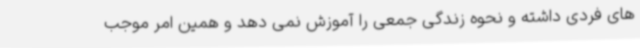
های فردی داشته و نحوه زندگی جمعی را آموزش نمی دهد و همین امر موجب